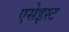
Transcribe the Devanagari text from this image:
एसेइस्ट